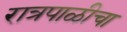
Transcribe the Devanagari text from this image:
रात्रपाळीचा